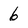
Character: 6